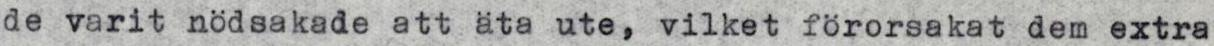
de varit nödsakade att äta ute, vilket förorsakat dem extra